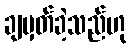
ချမှတ်ခဲ့သည်ဟု